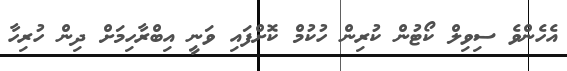
އެހެންވެ ސިވިލް ކޯޓުން ކުރިން ހުކުމް ކޮށްފައި ވަނީ އިބްރާހިމަށް ދިން ހުރިހާ